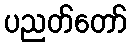
ပညတ်တော်